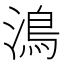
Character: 𩾯